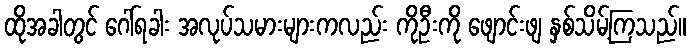
ထိုအခါတွင် ဂေါ်ရခါး အလုပ်သမားများကလည်း ကိုဦးကို ဖျောင်းဖျ နှစ်သိမ့်ကြသည်။